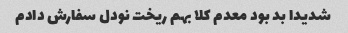
شدیدا بد بود معدم کلا بهم ریخت نودل سفارش دادم